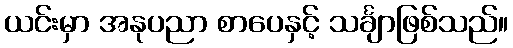
ယင်းမှာ အနုပညာ စာပေနှင့် သင်္ချာဖြစ်သည်။